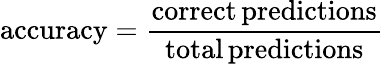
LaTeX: \mathrm{accuracy}=\frac{\mathrm{correct\, predictions}}{\mathrm{total\, predictions}}